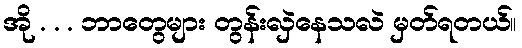
အို . . . ဘာတွေများ တွန်းလှဲနေသလဲ မှတ်ရတယ်။